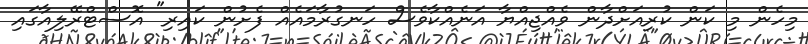
މިހެން މި ކަން ކުރިއަށްދާން ވެއްޖިއްޔާ އަނެއްކާވެސް ހަނގުރާމައެއް ފެށުން ކައިރި" އޮސްޓްރޭލިއާގައި